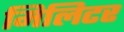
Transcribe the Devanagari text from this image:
मिलिटर